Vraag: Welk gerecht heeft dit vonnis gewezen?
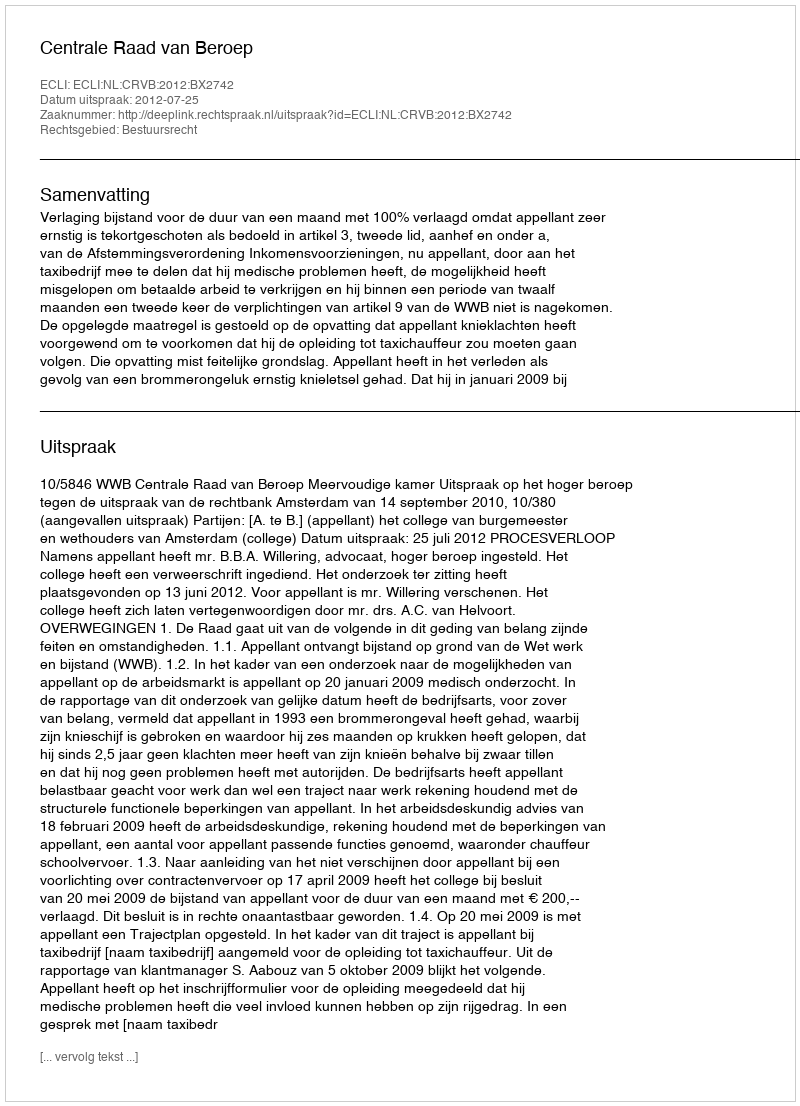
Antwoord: Centrale Raad van Beroep